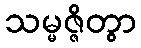
သမ္မဇ္ဇိတွာ